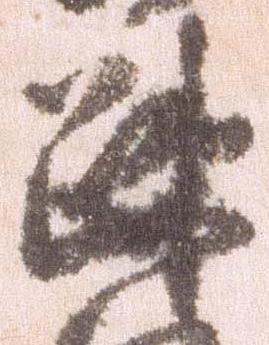
疎